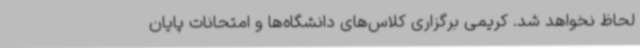
لحاظ نخواهد شد. کریمی برگزاری کلاس‌های دانشگاه‌ها و امتحانات پایان